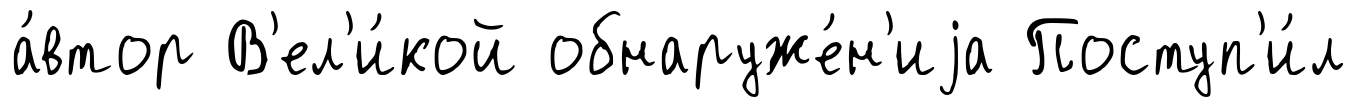
а́втор В'ел'и́кой обнаруже́н'иjа Поступ'и́л